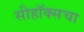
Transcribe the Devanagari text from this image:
सीहॉक्सचा